Civil Veterinary Dept. Bombay admin report 1907-1913 - 1907-1913
Year: 1907
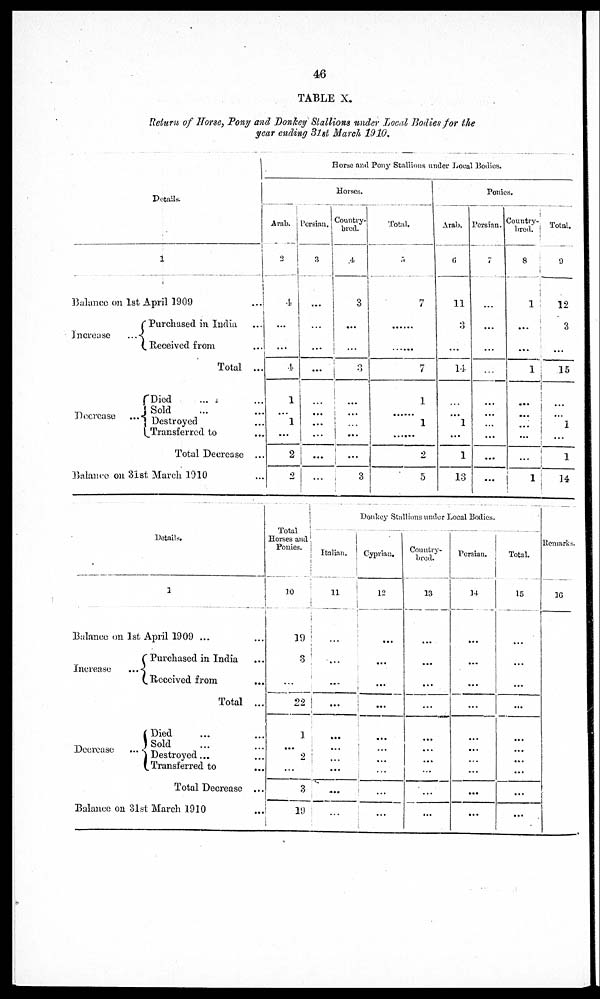
46
TABLE X.
Return of Horse, Pony and Donkey Stallions under Local Bodies for the
year ending 3lst March 1910,
Details
1
Balance on 1st April 1909 ...
Increase
Decrease
Purchased in India ...
...
Received from ...
Total ...
Died ... ...
Sold ... ...
Destroyed ...
Transferred to ...
Total Decrease ...
Balance on 31st March 1910 ...
Horse and Pony Stallions under Local Bodies.
Horses.
Arab.
2
4
...
...
4
1
...
1
...
2
2
Persian.
3
...
...
...
...
...
...
...
...
...
...
Country-
bred.
4
3
...
...
3
...
...
...
...
...
3
Total.
5
7
......
...
7
1
...
1
2
5
Ponies.
Arab.
(i
11
3
...
14
...
...
1
...
1
13
Persian.
7
...
...
...
...
...
...
...
...
...
...
Country-
bred.
8
...
...
...
1
...
...
...
...
...
1
Total.
9
12
3
...
16
...
...
1
...
1
14
Details.
1
Balance on 1st April 1909 ... ...
Increase
Decrease
Purchased in India ...
Received from ...
Total ...
Died ... ...
Sold ... ...
Destroyed... ...
Transferred to ...
Total Decrease ...
Balance on 31st March 1910 ...
Total
Horses and.
Ponies,
10
19
3
...
22
1
...
...
3
19
Donkey Stallions under Local Bodies.
Italian.
11
...
...
...
...
...
...
...
Cyprian
12
...
...
...
...
...
...
...
...
...
Country-
bred.
13
...
...
...
...
...
...
...
...
...
Persian
14
...
...
...
...
...
...
...
...
...
Total.
15
...
...
...
...
...
...
...
...
...
Remarks.
16